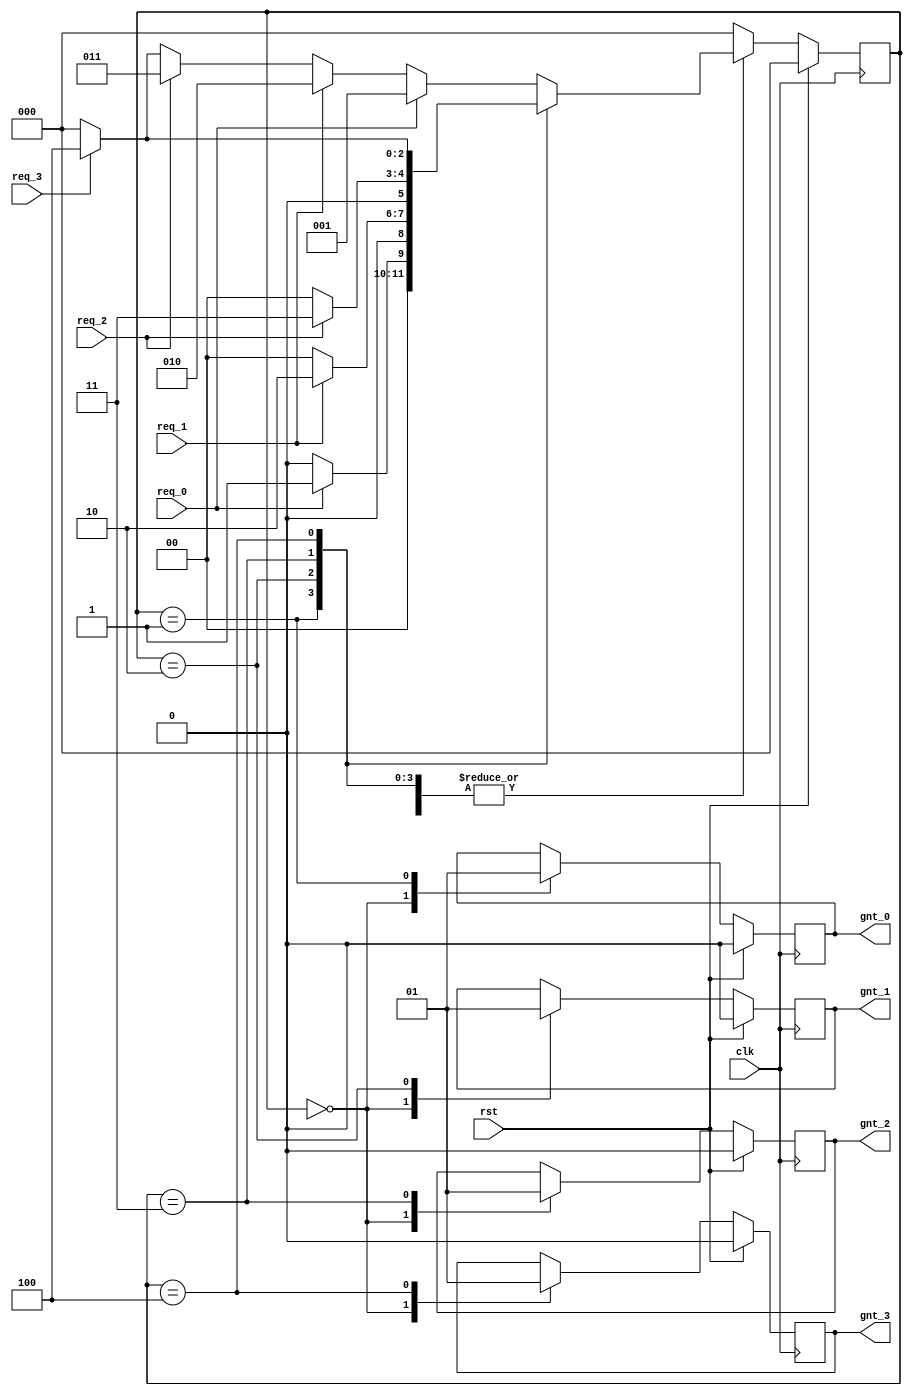
module arbiter(
	req_0,
	req_1,
	req_2,
	req_3,
	gnt_0,
	gnt_1,
	gnt_2,
	gnt_3,
	clk,
	rst
);

input req_0,req_1,req_2,req_3;
input clk;
input rst;
output reg gnt_0,gnt_1,gnt_2,gnt_3;


parameter IDLE = 3'b000;
parameter GNT_0 = 3'b001;
parameter GNT_1 = 3'b010;
parameter GNT_2 = 3'b011;
parameter GNT_3 = 3'b100;

reg [2:0] present_state;
reg [2:0] next_state;

always @(posedge clk) begin
	if(rst) begin
		gnt_0 <= 0;
		gnt_1 <= 0;
		gnt_2 <= 0;
		gnt_3 <= 0;
		present_state <= IDLE;
	end
	else begin
		present_state <= next_state;

		case(present_state) 

			IDLE:	begin
						gnt_0 <= 1'b0;
						gnt_1 <= 1'b0;
						gnt_2 <= 1'b0;
						gnt_3 <= 1'b0;
					end

			GNT_0:	begin
						gnt_0 <= 1'b1;
					end	

			GNT_1:	begin
						gnt_1 <= 1'b1;
					end	

			GNT_2:	begin
						gnt_2 <= 1'b1;
					end	

			GNT_3:	begin
						gnt_3 <= 1'b1;
					end	

			default:	begin
							present_state <= IDLE;
						end
		endcase
	end
end

always @(present_state,req_0,req_1,req_2,req_3) begin
	next_state = 0;

	case(present_state)

		IDLE:	if(req_0 == 3'b1) begin
					next_state = GNT_0;
				end
				else if(req_1 == 3'b1) begin
					next_state = GNT_1;
				end
				else if(req_2 == 3'b1) begin
					next_state = GNT_2;
				end
				else if(req_3 == 3'b1) begin
					next_state = GNT_3;
				end
				else begin
					 next_state = IDLE;
				end

		GNT_0:	if(req_0 == 3'b0) begin
					next_state = IDLE;
				end
				else begin
					next_state = GNT_0;
				end

		GNT_1:	if(req_1 == 3'b0) begin
					next_state = IDLE;
				end
				else begin
					next_state = GNT_1;
				end

		GNT_2:	if(req_2 == 3'b0) begin
					next_state = IDLE;
				end
				else begin
					next_state = GNT_2;
				end

		GNT_3:	if(req_3 == 3'b0) begin
					next_state = IDLE;
				end
				else begin
					next_state = GNT_3;
				end

		default:	next_state = IDLE;

	endcase
end

endmodule